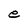
Character: e